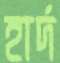
হার্দ